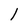
Character: 1